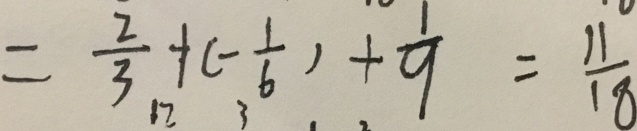
= \frac { 2 } { 3 } + ( - \frac { 1 } { 6 } ) + \frac { 1 } { 9 } = \frac { 1 1 } { 1 8 }